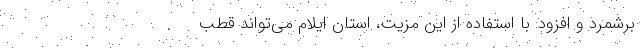
برشمرد و افزود: با استفاده از این مزیت، استان ایلام می‌تواند قطب